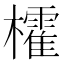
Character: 㰌